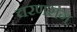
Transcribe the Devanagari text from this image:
चरणराग